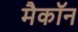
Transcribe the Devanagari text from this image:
मैकॉन